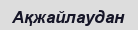
Ақжайлаудан